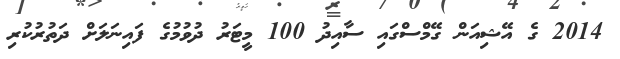
2014 ގެ އޭޝިއަން ގޭމްސްގައި ސާއިދު 100 މީޓަރު ދުވުމުގެ ފައިނަލަށް ދަތުރުކުރި